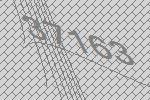
37163